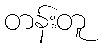
တန်းတူ